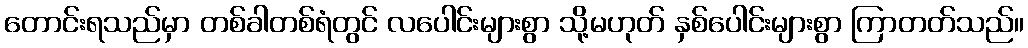
တောင်းရသည်မှာ တစ်ခါတစ်ရံတွင် လပေါင်းများစွာ သို့မဟုတ် နှစ်ပေါင်းများစွာ ကြာတတ်သည်။